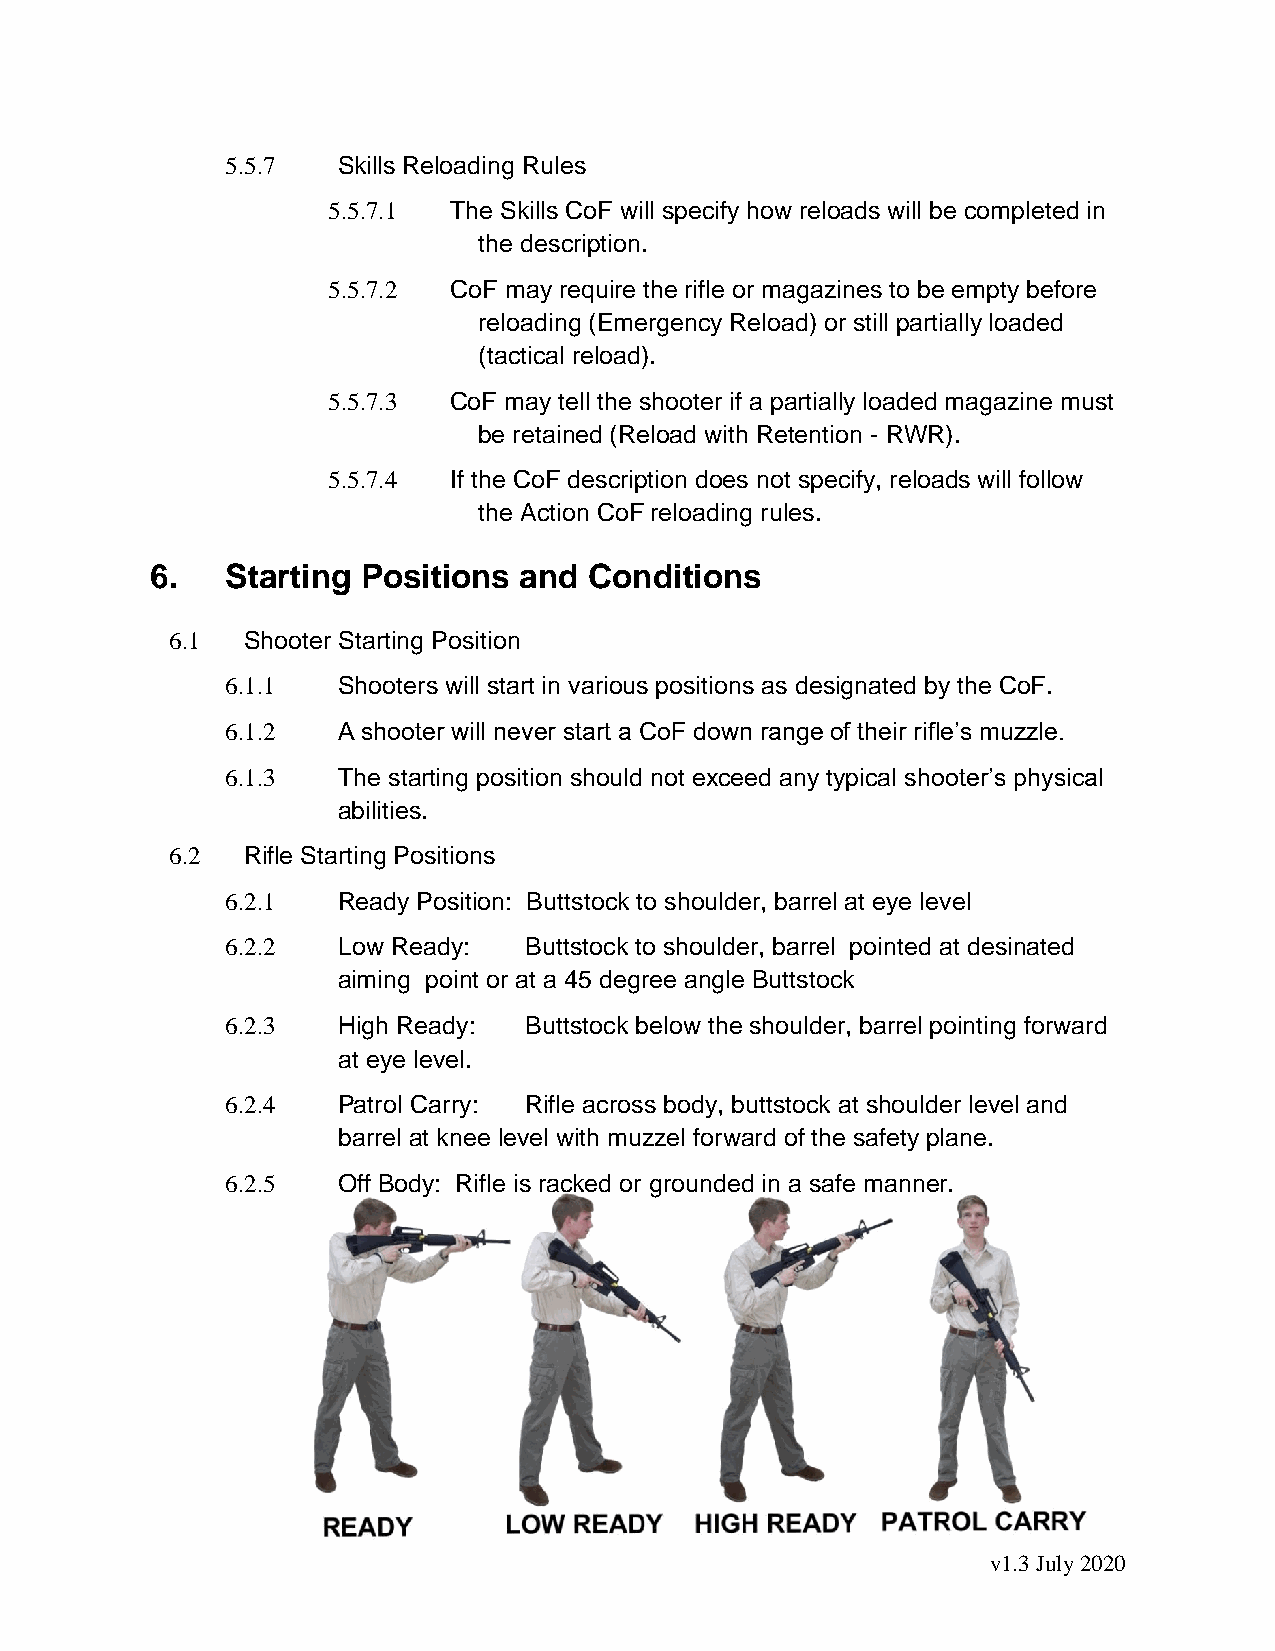
5.5.7  Skills Reloading Rules
 5.5.7.1 The Skills CoF will specify how reloads will be completed in
 the description.
 5.5.7.2 CoF may require the rifle or magazines to be empty before
 reloading (Emergency Reload) or still partially loaded
 (tactical reload).
 5.5.7.3 CoF may tell the shooter if a partially loaded magazine must
 be retained (Reload with Retention - RWR).
 5.5.7.4 If the CoF description does not specify, reloads will follow
 the Action CoF reloading rules.
 6.   Starting Positions and  Conditions
 6.1  Shooter Starting Position
 6.1.1  Shooters will start in various positions as designated by the CoF.
 6.1.2  A shooter will never start a CoF down range of their rifle’s muzzle.
 6.1.3  The starting position should not exceed any typical shooter’s physical
 abilities.
 6.2  Rifle Starting Positions
 6.2.1  Ready Position: Buttstock to shoulder, barrel at eye level
 6.2.2  Low Ready:   Buttstock to shoulder, barrel pointed at desinated
 aiming point or at a 45 degree angle Buttstock
 6.2.3  High Ready:  Buttstock below the shoulder, barrel pointing forward
 at eye level.
 6.2.4  Patrol Carry: Rifle across body, buttstock at shoulder level and
 barrel at knee level with muzzel forward of the safety plane.
 6.2.5  Off Body: Rifle is racked or grounded in a safe manner.
 14
 v1.3 July 2020